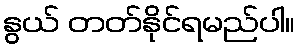
နွယ် တတ်နိုင်ရမည်ပါ။